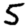
Digit: 5